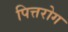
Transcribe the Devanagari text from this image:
पित्तरोग